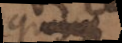
quoy